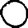
Digit: 0